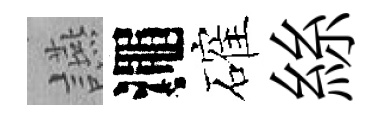
讌澠確絲